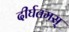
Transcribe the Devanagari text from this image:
दीर्घतमस्‌